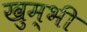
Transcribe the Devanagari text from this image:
खुम्भी